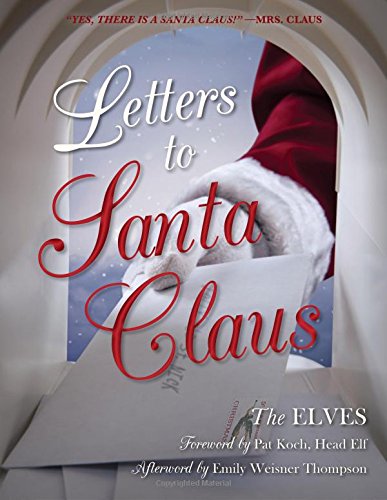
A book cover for Letters to Santa Claus; The Elves; Literature & Fiction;